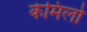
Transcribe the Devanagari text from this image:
केमिलो